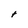
Character: t